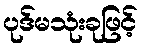
ပုဒ်မသုံးခုဖြင့်